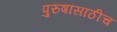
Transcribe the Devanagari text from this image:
पुरुषांसाठीच